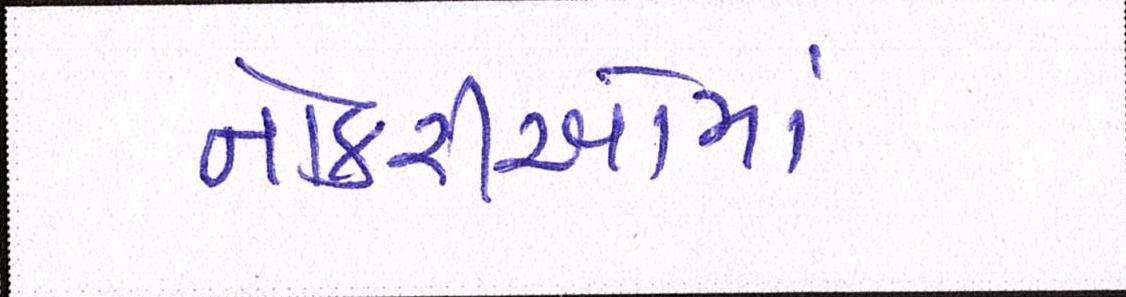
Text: નોકરીઓમાં